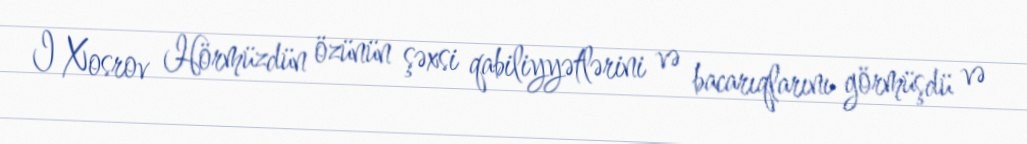
I Xosrov Hörmüzdün özünün şəxsi qabiliyyətlərini və bacarıqlarını görmüşdü və